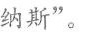
纳斯”。